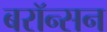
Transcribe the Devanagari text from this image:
बरॉन्सन